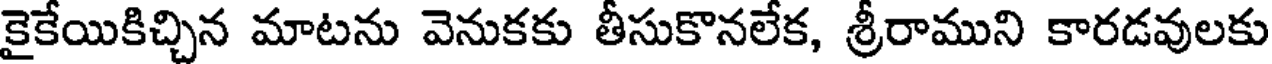
కైకేయికిచ్చిన మాటను వెనుకకు తీసుకొనలేక, శ్రీరాముని కారడవులకు